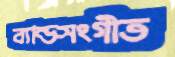
ব্যান্ডসংগীত